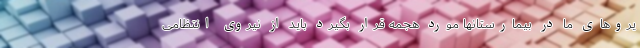
یروهای ما در بیمارستانها مورد هجمه قرار بگیرد باید از نیروی انتظامی